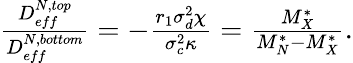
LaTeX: \begin{array}{r}{\frac{D_{eff}^{N,top}}{D_{eff}^{N,bottom}}=-\frac{r_{1}\sigma_{d}^{2}\chi}{\sigma_{c}^{2}\kappa}=\frac{M_{X}^{*}}{M_{N}^{*}-M_{X}^{*}}.}\end{array}